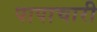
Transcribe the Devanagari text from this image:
पापाचारी